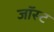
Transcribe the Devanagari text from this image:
जॉस्ट